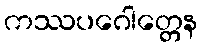
ကဿပဂေါတ္တေန